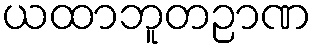
ယထာဘူတဉာဏ